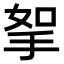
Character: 挐